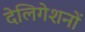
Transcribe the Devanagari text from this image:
देलिगेशनों